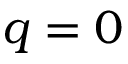
q = 0